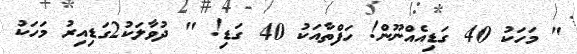
" މަހަކު 40 ގަޑިއެއްނޫން! ހަފްތާއަކު 40 ގަޑި! " ދުވާލަކު2ގަޑިއިރު މަހަކު